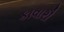
કાવારૌ